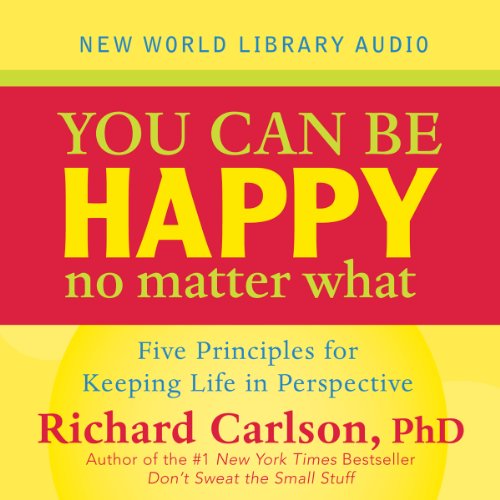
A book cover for You Can Be Happy No Matter What: Five Principles Your Therapist Never Told You; Richard Carlson; Medical Books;